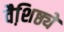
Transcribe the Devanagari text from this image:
वैशि़ष्ठ्ये